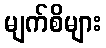
မျက်စိများ